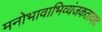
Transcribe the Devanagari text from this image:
मनोभावाभिव्यंजकतावाद